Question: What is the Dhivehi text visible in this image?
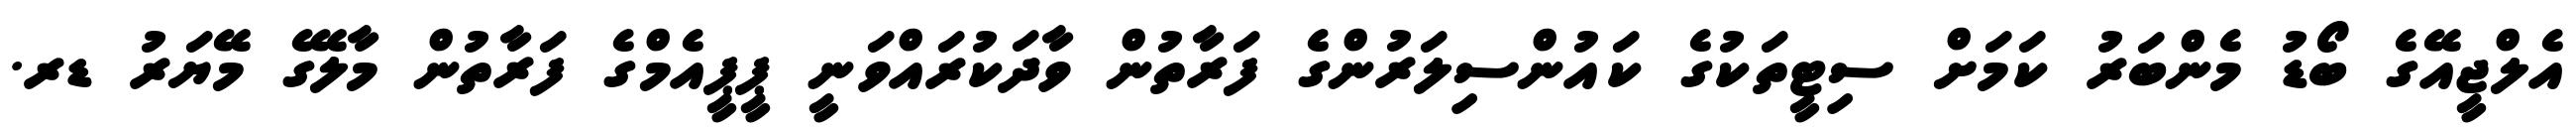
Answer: އެލްޖީއޭގެ ބޯޑު މެންބަރު ކަމަށް ސިޓީތަކުގެ ކައުންސިލަރުންގެ ފަރާތުން ވާދަކުރައްވަނީ ޕީޕީއެމްގެ ފަރާތުން މާލޭގެ މޭޔަރު ޑރ.